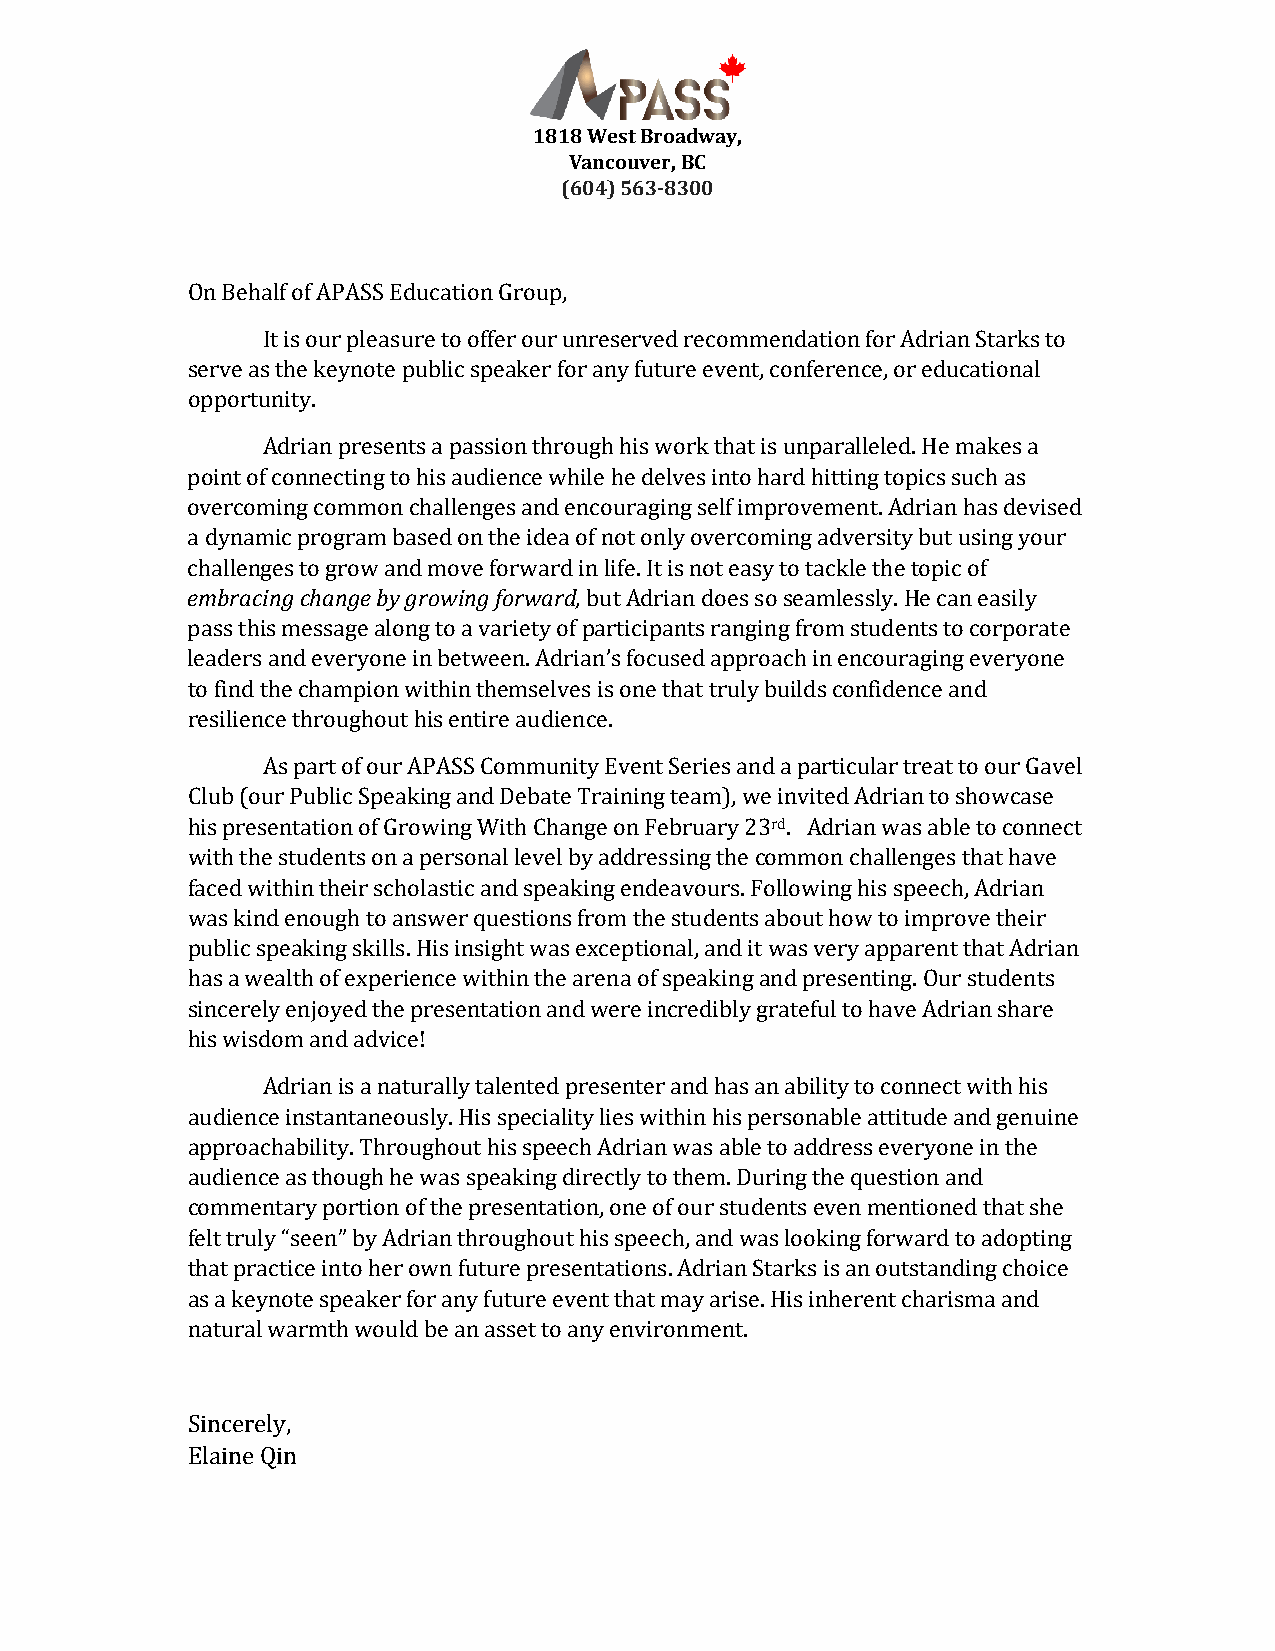
1818 West Broadway,
 Vancouver, BC
 (604) 563-8300
 On Behalf of APASS Education Group,
 It is our pleasure to offer our unreserved recommendation for Adrian Starks to
 serve as the keynote public speaker for any future event, conference, or educational
 opportunity.
 Adrian presents a passion through his work that is unparalleled. He makes a
 point of connecting to his audience while he delves into hard hitting topics such as
 overcoming common challenges and encouraging self improvement. Adrian has devised
 a dynamic program based on the idea of not only overcoming adversity but using your
 embracing change by growing forward,
 challenges to grow and move forward in life. It is not easy to tackle the topic of
 but Adrian does so seamlessly. He can easily
 pass this message along to a variety of participants ranging from students to corporate
 leaders and everyone in between. Adrian’s focused approach in encouraging everyone
 to find the champion within themselves is one that truly builds confidence and
 resilience throughout his entire audience.
 As part of our APASS Community Event Series and a particular treat to our Gavel
 Club (our Public Speaking and Debate Training team), we invited Adrian to showcase
 rd
 his presentation of Growing With Change on February 23 . Adrian was able to connect
 with the students on a personal level by addressing the common challenges that have
 faced within their scholastic and speaking endeavours. Following his speech, Adrian
 was kind enough to answer questions from the students about how to improve their
 public speaking skills. His insight was exceptional, and it was very apparent that Adrian
 has a wealth of experience within the arena of speaking and presenting. Our students
 sincerely enjoyed the presentation and were incredibly grateful to have Adrian share
 his wisdom and advice!
 Adrian is a naturally talented presenter and has an ability to connect with his
 audience instantaneously. His speciality lies within his personable attitude and genuine
 approachability. Throughout his speech Adrian was able to address everyone in the
 audience as though he was speaking directly to them. During the question and
 commentary portion of the presentation, one of our students even mentioned that she
 felt truly “seen” by Adrian throughout his speech, and was looking forward to adopting
 that practice into her own future presentations. Adrian Starks is an outstanding choice
 as a keynote speaker for any future event that may arise. His inherent charisma and
 natural warmth would be an asset to any environment.
 Sincerely,
 Elaine Qin